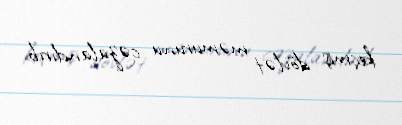
keçmiş dövlət məmurunu cəzalandırıb.